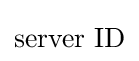
{\text{server ID}}